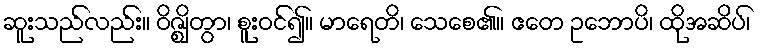
ဆူးသည်လည်း။ ဝိဇ္ဈိတွာ၊ စူးဝင်၍။ မာရေတိ၊ သေစေ၏။ ဧတေ ဥဘောပိ၊ ထိုအဆိပ်၊